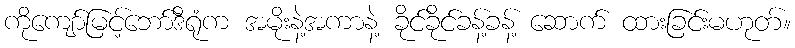
ကိုကျော်မြင့်ဘော်ဒီရုံက အမိုးနဲ့အကာနဲ့ ခိုင်ခိုင်ခန့်ခန့် ဆောက် ထားခြင်းမဟုတ်။